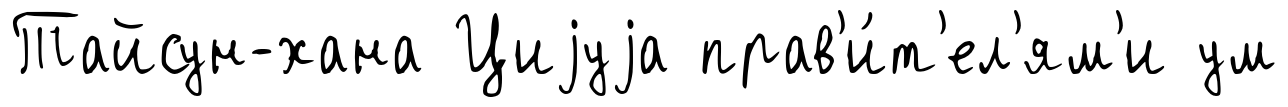
Тайсун-хана Циjуjа прав'и́т'ел'ям'и ум